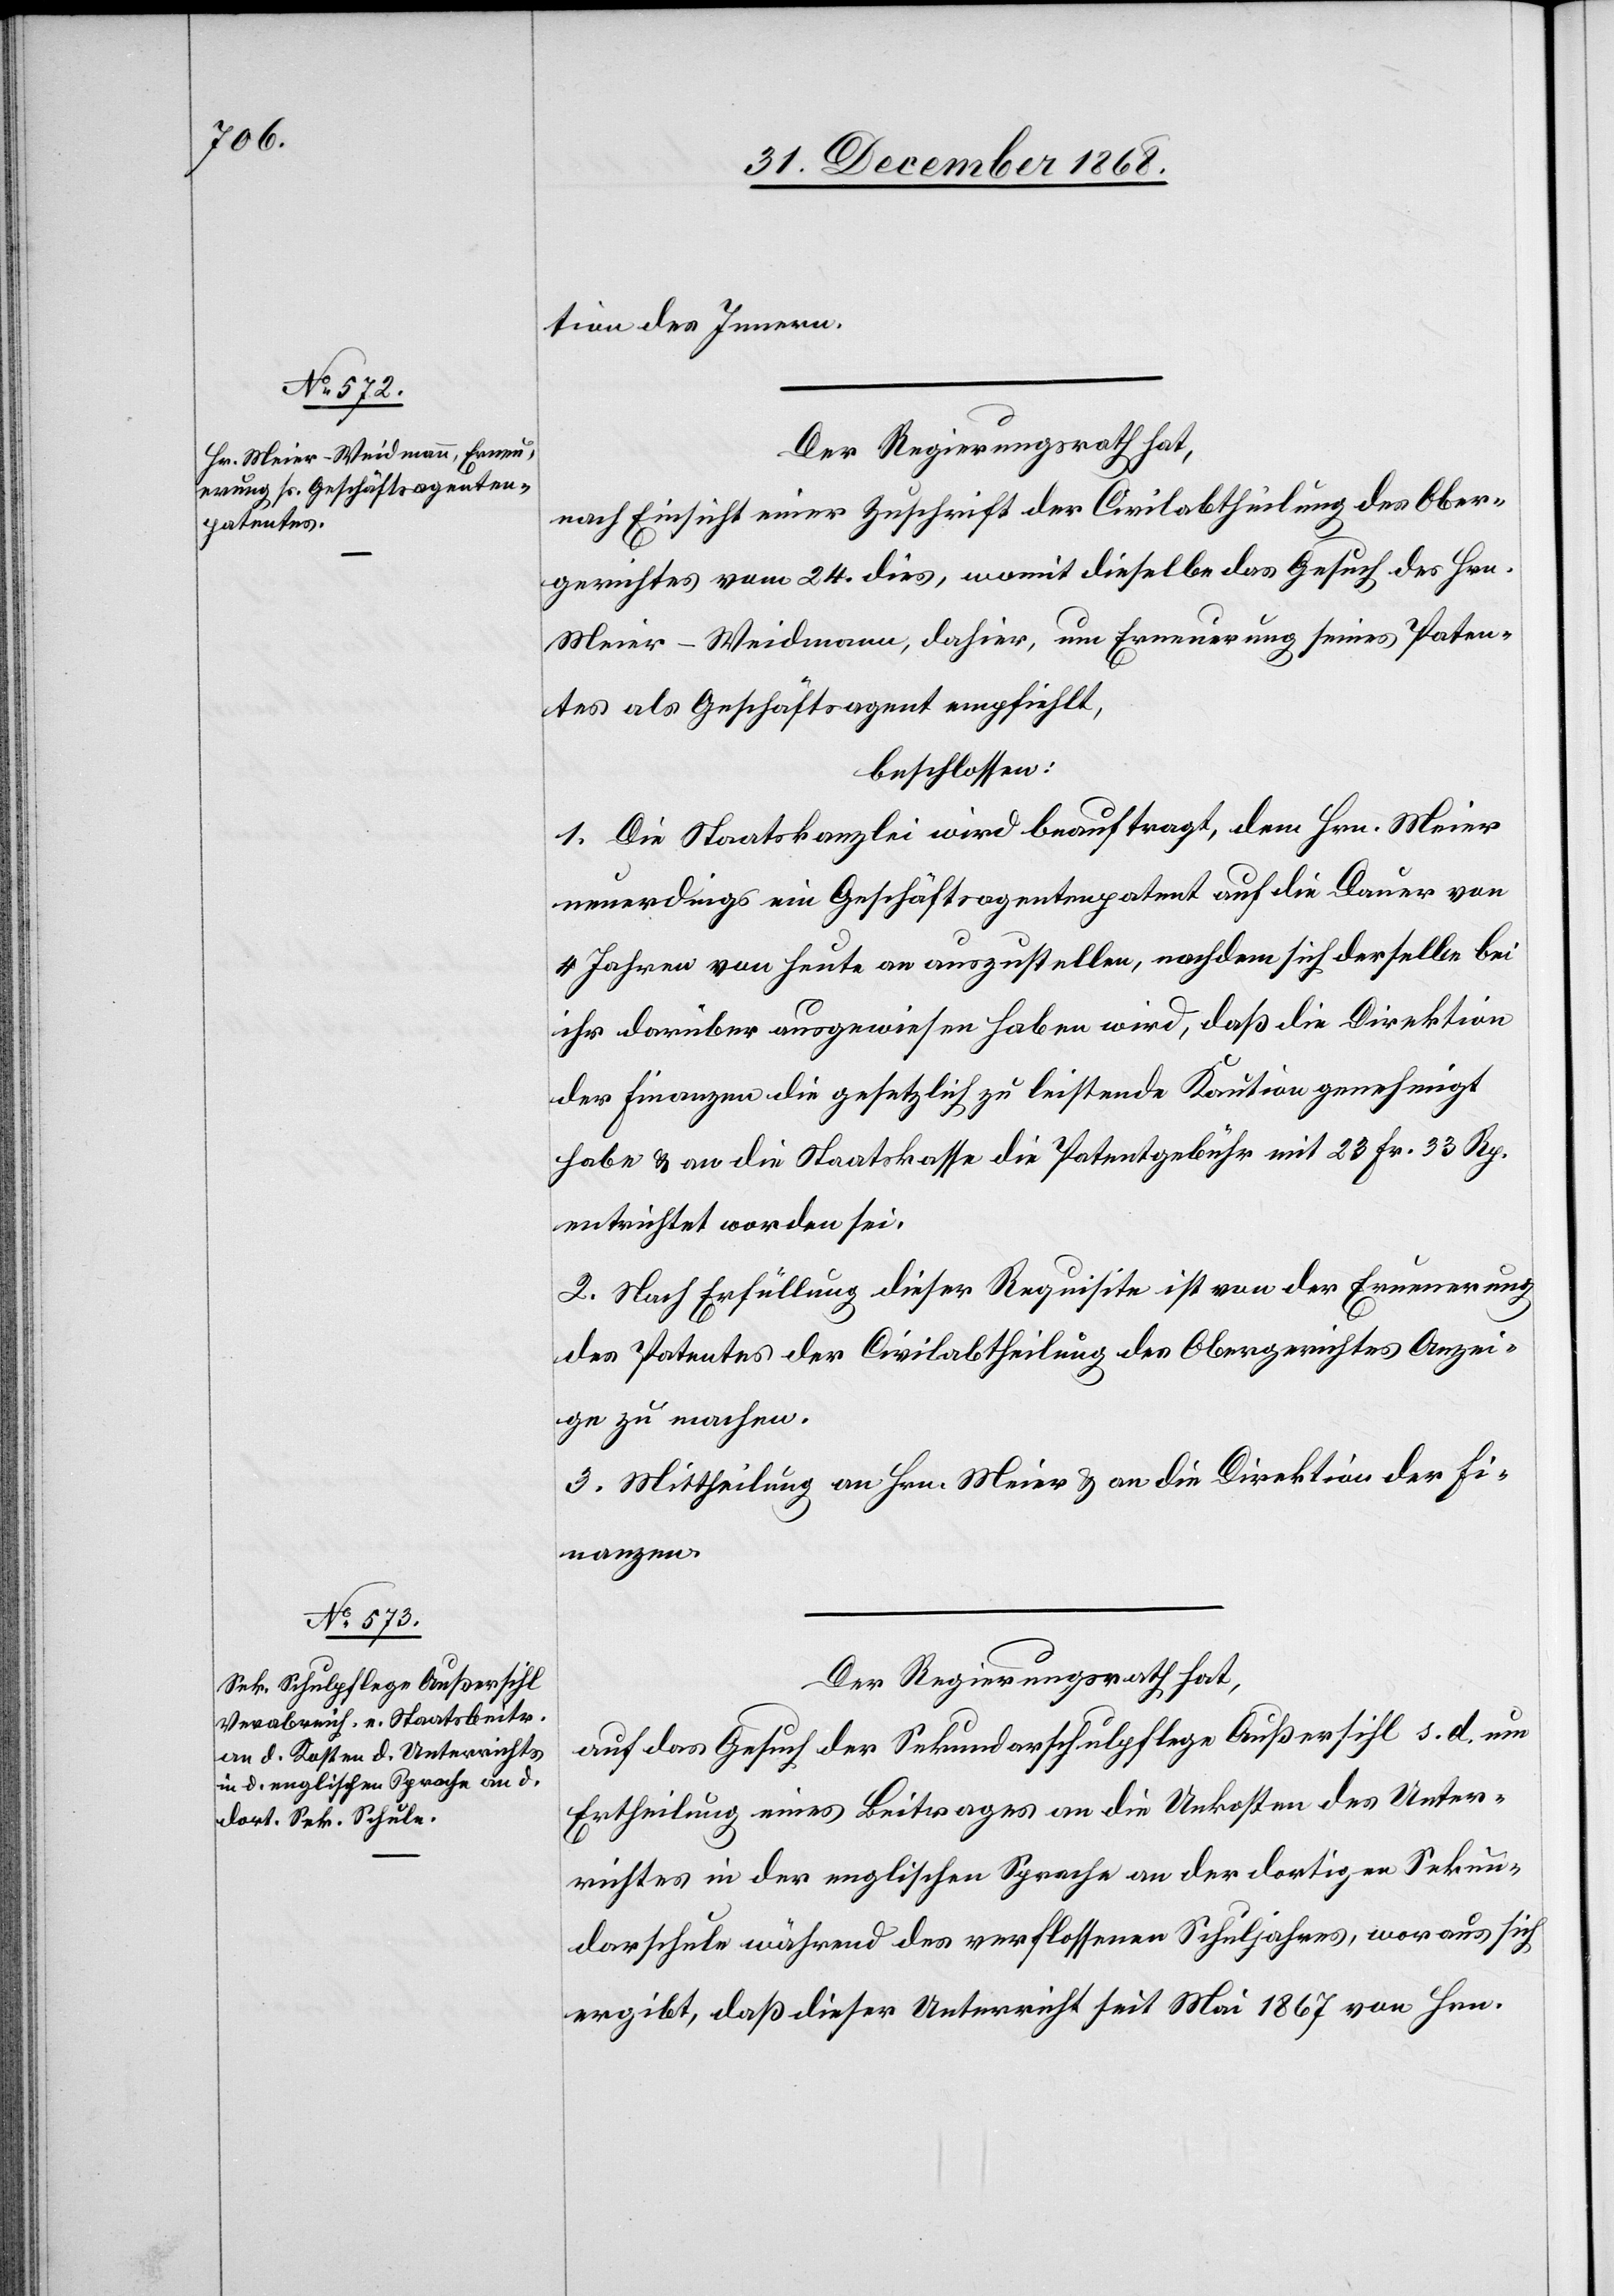
tion des Innern.
Der Regierungsrath hat,
nach Einsicht einer Zuschrift der Civilabtheilung des Ober¬
gerichtes vom 24. dies, womit dieselbe das Gesuch des Hrn.
Meier-Weidmann, dahier, um Erneuerung seines Paten¬
tes als Geschäftsagent empfiehlt,
beschlossen:
1. Die Staatskanzlei wird beauftragt, dem Hrn. Meier
neuerdings ein Geschäftsagentenpatent auf die Dauer von
4 Jahren von heute an auszustellen, nachdem sich derselbe bei
ihr darüber ausgewiesen haben wird, daß die Direktion
der Finanzen die gesetzlich zu leistende Kaution genehmigt
habe & an die Staatskasse die Patentgebühr mit 23 Fr. 33 Rp.
entrichtet worden sei.
2. Nach Erfüllung dieser Requisite ist von der Erneuerung
des Patentes der Civilabtheilung des Obergerichtes Anzei¬
ge zu machen.
3. Mittheilung an Hrn. Meier & an die Direktion der Fi¬
nanzen.
Der Regierungsrath hat,
auf das Gesuch der Sekundarschulpflege Außersihl s. d. um
Ertheilung eines Beitrages an die Unkosten des Unter¬
richtes in der englischen Sprache an der dortigen Sekun¬
darschule während des verflossenen Schuljahres, woraus sich
ergibt, daß dieser Unterricht seit Mai 1867 von Hrn.